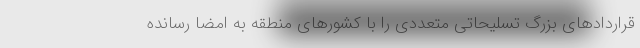
قراردادهای بزرگ تسلیحاتی متعددی را با کشورهای منطقه به امضا رسانده